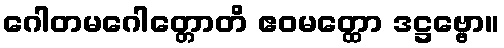
ဂေါတမဂေါတ္တောတိ ဧဝမတ္ထော ဒဋ္ဌဗ္ဗော။